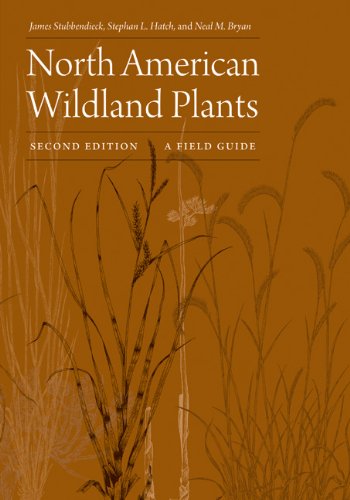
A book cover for North American Wildland Plants, Second Edition: A Field Guide; James Stubbendieck; Science & Math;